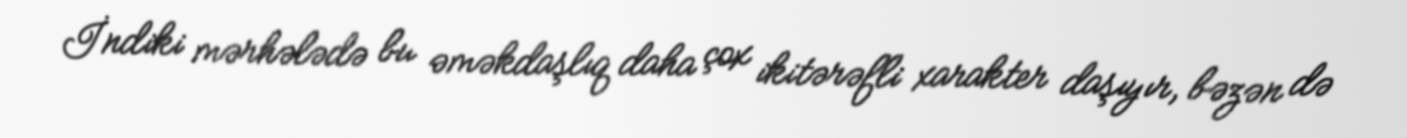
İndiki mərhələdə bu əməkdaşlıq daha çox ikitərəfli xarakter daşıyır, bəzən də